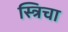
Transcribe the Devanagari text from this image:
स्त्रिचा